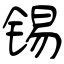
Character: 锡